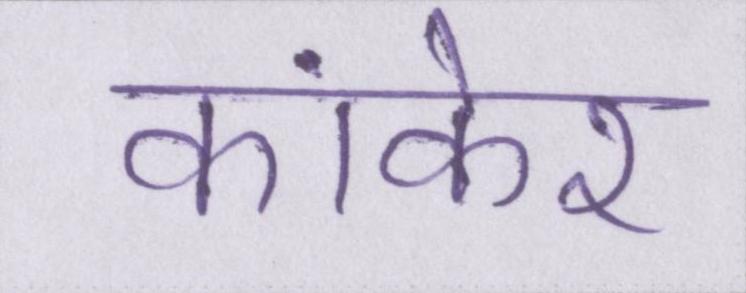
कांकेर